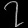
Digit: ၇